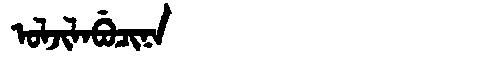
Manchu: ᠣᠯᠵᡳᠯᠠᠪᡠᠴᡳᠨᠠ
Romanization: OLJILABUCINA